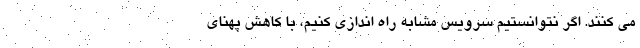
می کنند. اگر نتوانستیم سرویس مشابه راه اندازی کنیم، با کاهش پهنای